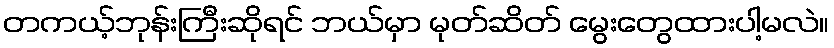
တကယ့်ဘုန်းကြီးဆိုရင် ဘယ်မှာ မုတ်ဆိတ် မွေးတွေထားပါ့မလဲ။